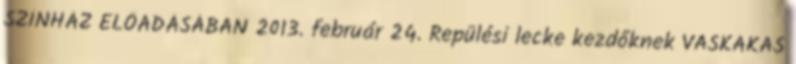
SZÍNHÁZ ELŐADÁSÁBAN 2013. február 24. Repülési lecke kezdőknek VASKAKAS